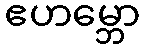
ဧဟမ္ဘော